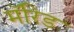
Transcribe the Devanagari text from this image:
मॅरिड